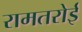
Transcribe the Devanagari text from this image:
रामतरोई